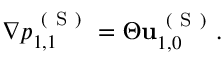
\begin{array} { r } { \nabla p _ { 1 , 1 } ^ { \mathrm { ~ ( ~ S ~ ) ~ } } = \Theta \mathbf { u } _ { 1 , 0 } ^ { \mathrm { ~ ( ~ S ~ ) ~ } } . } \end{array}